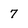
Character: 7